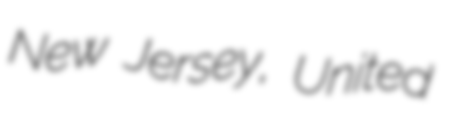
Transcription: New Jersey, United